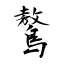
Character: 鷔